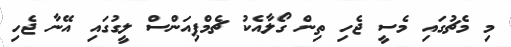
މި މެޗުގައި މެސީ ޖެހި ތިން ގޯލާއެކު ޗެމްޕިއަންސް ލީގުގައި އޭނާ ޖެހި